Civil Veterinary Department Bihar & Orissa reports 1929-36 - 1929-1936
Year: 1929
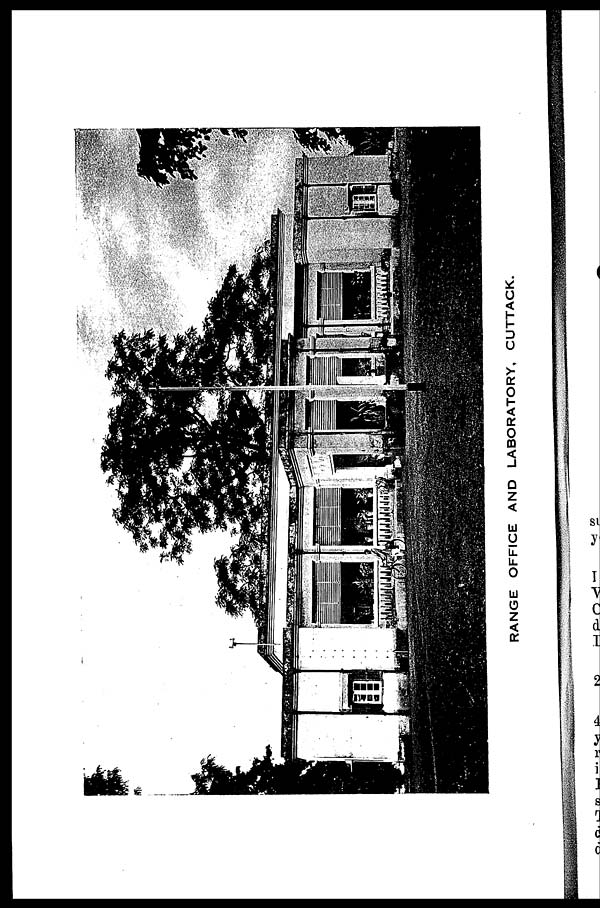
RANGE OFFICE AND LABORATORY, CUTTACK.